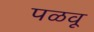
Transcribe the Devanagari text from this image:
पळवू